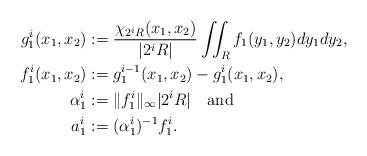
LaTeX: \begin{align*}g_1^{i}(x_1,x_2)&:=\frac{\chi_{2^{i}R}(x_1,x_2)}{|2^i R|}\iint_{R}f_1(y_1,y_2)dy_1dy_2,\\f_1^{i}(x_1,x_2)&:= g_1^{i-1}(x_1,x_2)-g_1^{i}(x_1,x_2),\\\alpha_1^i&:=\|f_1^i\|_\infty |2^iR| \quad{\rm and}\\a_1^i&:= (\alpha_1^i)^{-1} f_1^i.\end{align*}